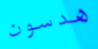
هدسون